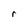
Character: r